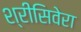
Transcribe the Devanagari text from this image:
श्रीसिवेरा